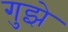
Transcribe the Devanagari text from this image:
गुझे